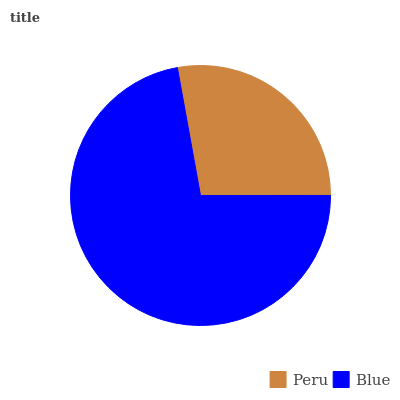
| Peru | Blue |
 | --- | --- |
 | 27.9% | 72.1% |